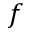
f